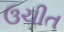
ઉચીત